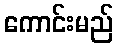
ကောင်းမည်